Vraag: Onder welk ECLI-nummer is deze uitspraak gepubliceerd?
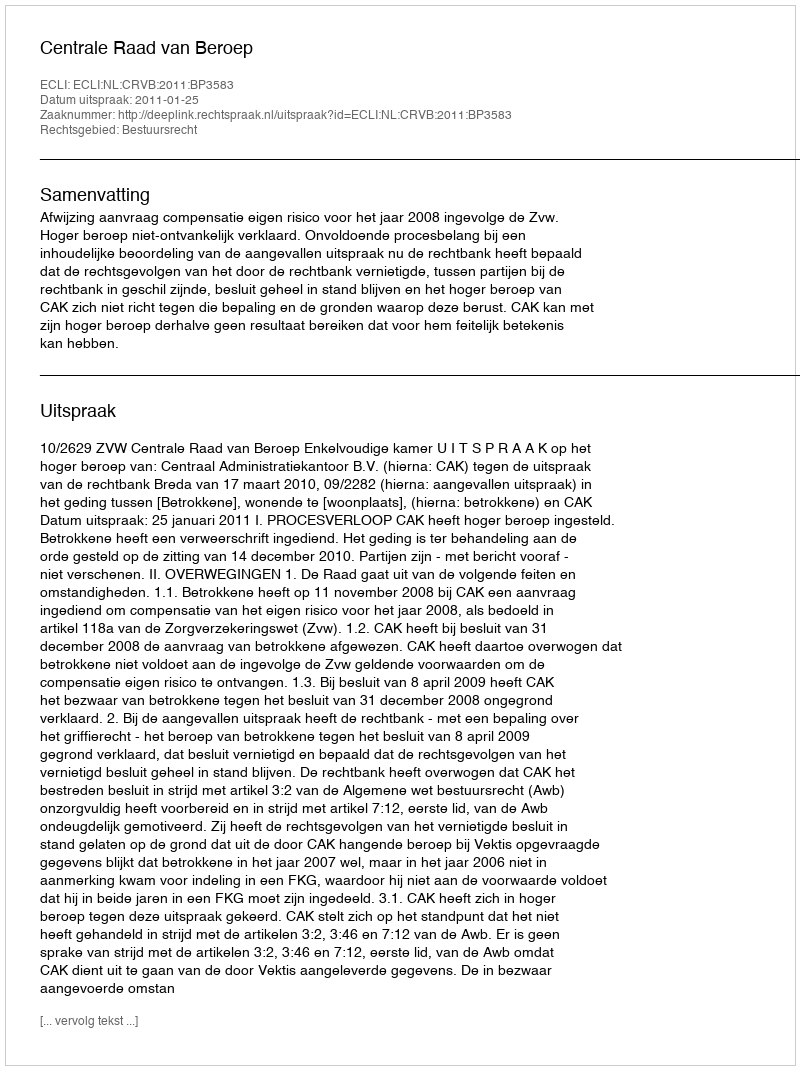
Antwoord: ECLI:NL:CRVB:2011:BP3583